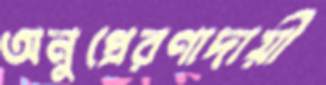
অনুপ্রেরণাদায়ী